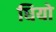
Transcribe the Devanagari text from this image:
घियो